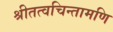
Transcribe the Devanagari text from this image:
श्रीतत्वचिन्तामणि